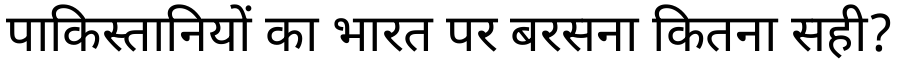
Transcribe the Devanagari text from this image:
पाकिस्तानियों का भारत पर बरसना कितना सही?